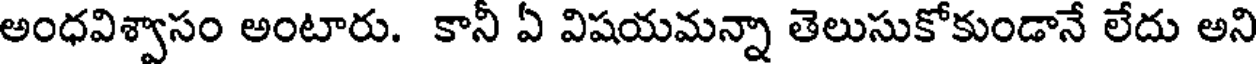
అంధవిశ్వాసం అంటారు. కానీ ఏ విషయమన్నా తెలుసుకోకుండానే లేదు అని